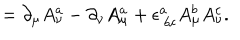
= \partial _ { \mu } A _ { \nu } ^ { a } - \partial _ { \nu } A _ { \mu } ^ { a } + \epsilon _ { \ b c } ^ { a } A _ { \mu } ^ { b } A _ { \nu } ^ { c } .